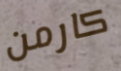
كارمن